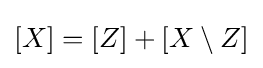
[X]=[Z]+[X\setminus Z]